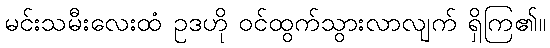
မင်းသမီးလေးထံ ဥဒဟို ဝင်ထွက်သွားလာလျက် ရှိကြ၏။